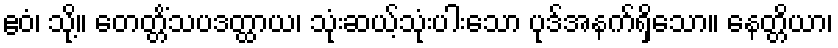
ဧဝံ၊ သို့။ တေတ္တိံသပဒတ္ထာယ၊ သုံးဆယ့်သုံးပါးသော ပုဒ်အနက်ရှိသော။ နေတ္တိယာ၊